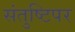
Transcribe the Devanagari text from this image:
संतुष्टिपर